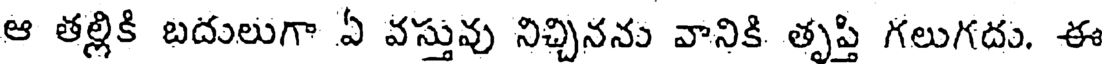
ఆ తల్లికి బదులుగా ఏ వస్తువు నిచ్చినను వానికి తృప్తి గలుగదు. ఈ